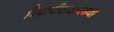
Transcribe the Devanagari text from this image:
विद्यापीठासारख्या